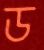
ড